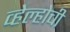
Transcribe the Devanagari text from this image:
व्हेल्होची